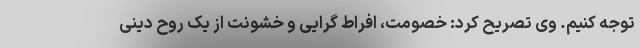
توجه کنیم. وی تصریح کرد: خصومت، افراط گرایی و خشونت از یک روح دینی